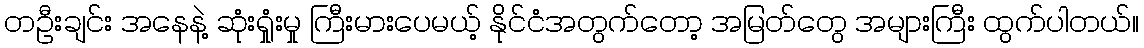
တဦးချင်း အနေနဲ့ ဆုံးရှုံးမှု ကြီးမားပေမယ့် နိုင်ငံအတွက်တော့ အမြတ်တွေ အများကြီး ထွက်ပါတယ်။